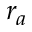
r _ { a }